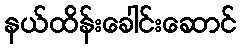
နယ်ထိန်းခေါင်းဆောင်